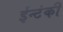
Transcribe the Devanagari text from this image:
ईन्टंकी